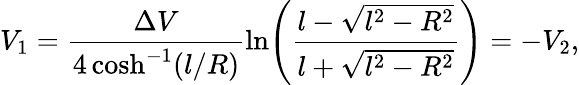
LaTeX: V_{1}=\frac{\Delta V}{4\cosh^{-1}(l/R)}\ln\! \left(\frac{l-\sqrt{l^{2}-R^{2}}}{l+\sqrt{l^{2}-R^{2}}}\right)=-V_{2},